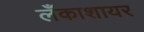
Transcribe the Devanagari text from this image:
लँकाशायर